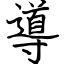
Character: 導